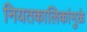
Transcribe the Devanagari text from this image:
नियतकालिकांमुळे